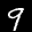
Label: 9